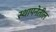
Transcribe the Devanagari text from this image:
स्थापनेतील